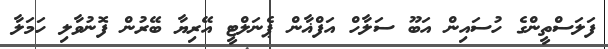
ފަލަސްތީންގެ ހުސައިން އަބޫ ސަލާހް އަފްޣާން ޕެނަލްޓީ އޭރިޔާ ބޭރުން ފޮނުވާލި ހަމަލާ